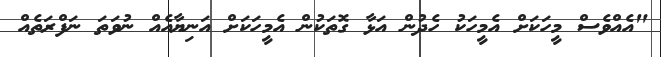
"އެއްވެސް މީހަކަށް އެމީހަކު ހެދުން އަޅާ ގޮތަކުން އެމީހަކަށް އަނިޔާއެއް ނުވަތަ ނަފްރަތެއް